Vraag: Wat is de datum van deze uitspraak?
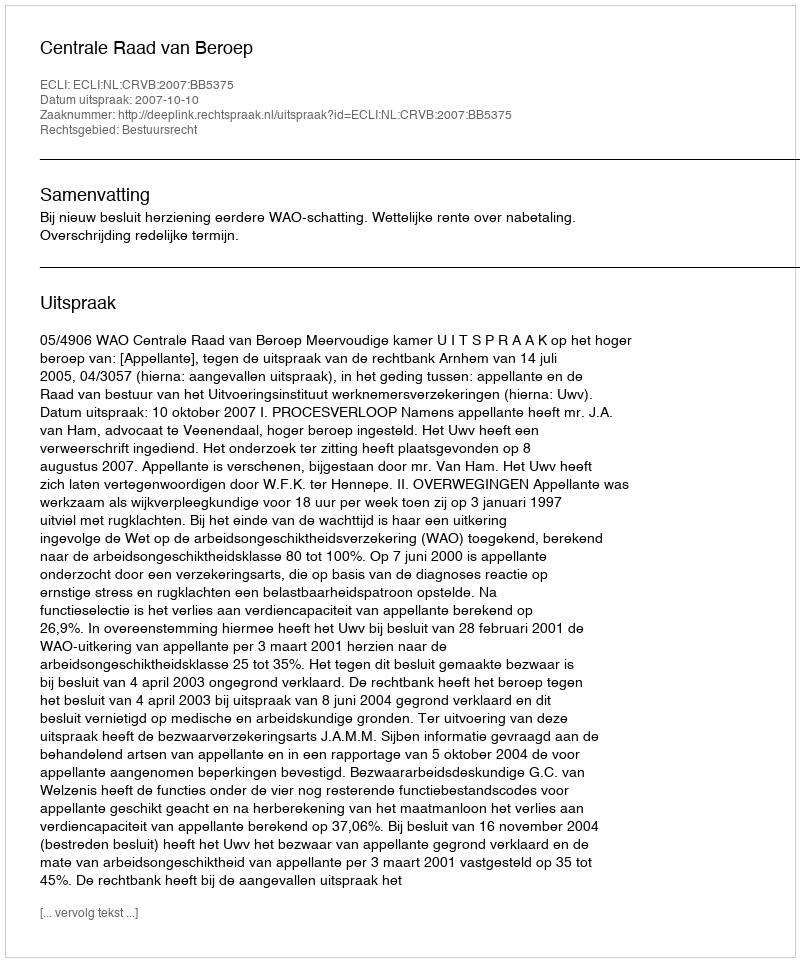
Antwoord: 2007-10-10